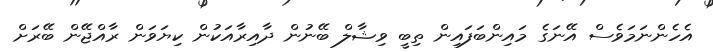
އެހެންނަމަވެސް އޭނަގެ މައިންބަފައިން ތިބީ ވިޝާލް ބޭނުން ދާއިރާއަކުން ކިޔަވަން ރާއްޖޭން ބޭރަށް